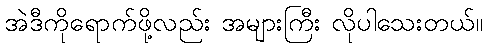
အဲဒီကိုရောက်ဖို့လည်း အများကြီး လိုပါသေးတယ်။